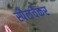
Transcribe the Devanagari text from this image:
स्पैलचैकर